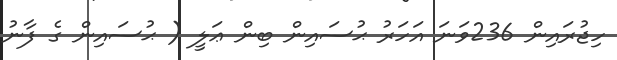
ހިޖުރައިން 236ވަނަ އަހަރު ޙުސައިން ބިން ޢަލީ ( ޙުސައިން ގެ ފާނު